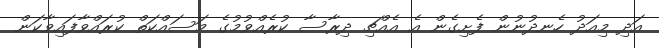
އަދި މިއަދު ހެނދުނުން ފެށިގެން އެ އެއްޗި ދިރާސާ ކުރެއްވުމުގެ މަސައްކަތް ކުރައްވާފައިވާކަން